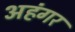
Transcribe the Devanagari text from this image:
अहंगर